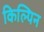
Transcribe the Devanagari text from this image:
किल्पिन